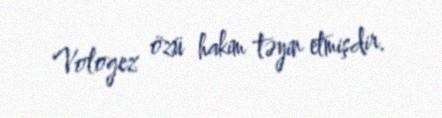
Vologez özü hakim təyin etmişdir.